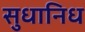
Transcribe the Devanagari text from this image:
सुधानिध